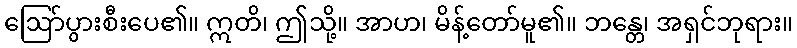
ဩော်ပွားစီးပေ၏။ ဣတိ၊ ဤသို့။ အာဟ၊ မိန့်တော်မူ၏။ ဘန္တေ၊ အရှင်ဘုရား။